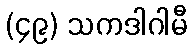
(၄၉) သကဒါဂါမီ